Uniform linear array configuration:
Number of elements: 4
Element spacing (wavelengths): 1
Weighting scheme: blackman
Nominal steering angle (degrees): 0
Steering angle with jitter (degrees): -0.2968
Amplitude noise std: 0.05
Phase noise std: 0.05

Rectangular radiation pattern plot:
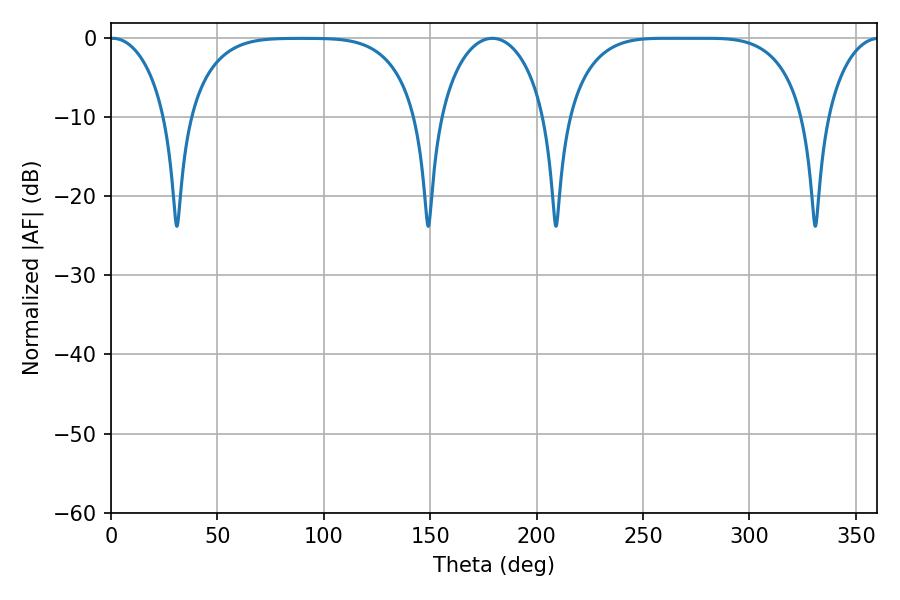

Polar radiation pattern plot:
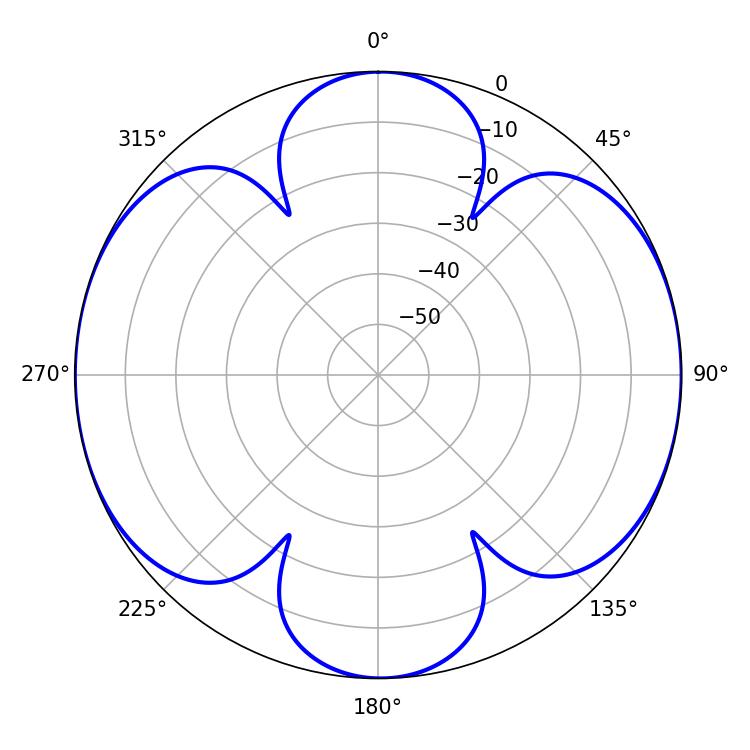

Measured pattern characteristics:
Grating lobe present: TRUE
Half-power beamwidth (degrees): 85.32
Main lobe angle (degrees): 260.28